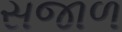
સજાળ